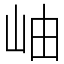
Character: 岫